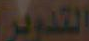
التدوير